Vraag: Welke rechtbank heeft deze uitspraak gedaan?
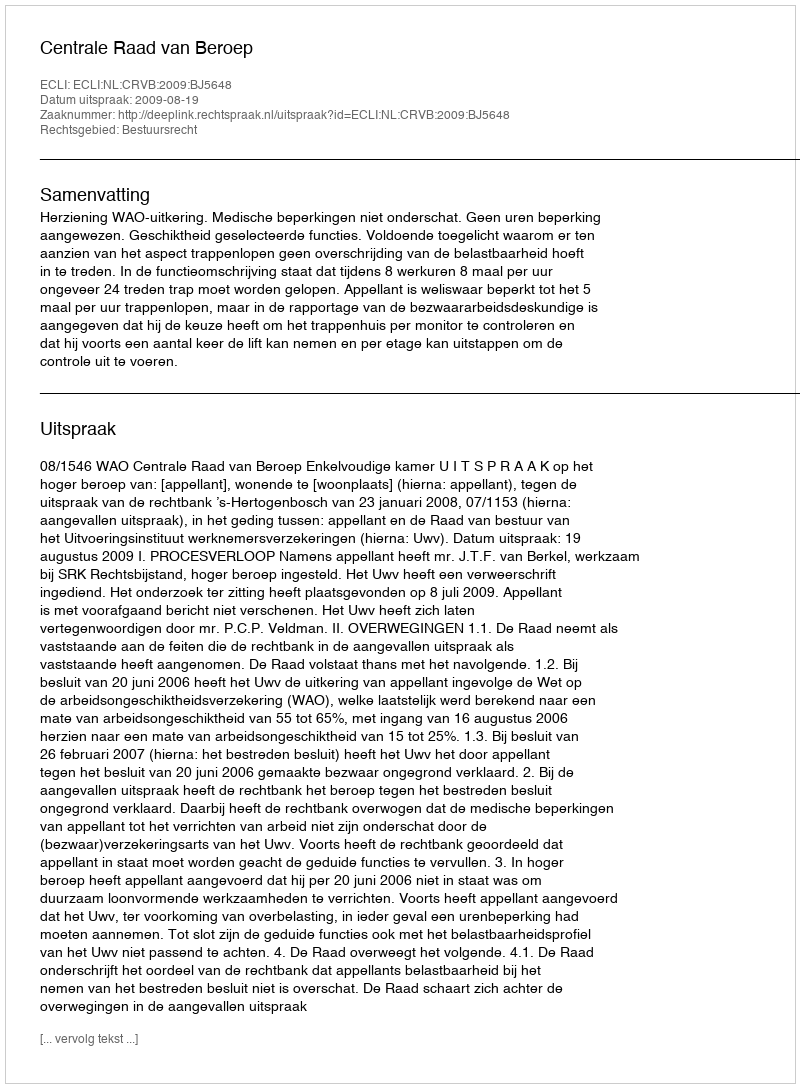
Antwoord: Centrale Raad van Beroep